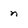
Character: n